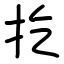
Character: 扢